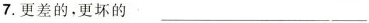
7.更差的，更坏的 ___